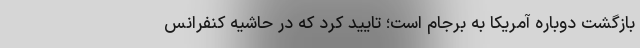
بازگشت دوباره آمریکا به برجام است؛ تایید کرد که در حاشیه کنفرانس